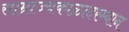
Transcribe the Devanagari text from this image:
साम्राज्यकाळादरम्यान